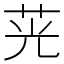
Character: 茪